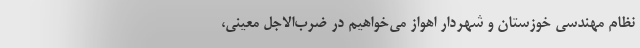
نظام مهندسی خوزستان و شهردار اهواز می‌خواهیم در ضرب‌الاجل معینی،